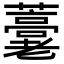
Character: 𧂕